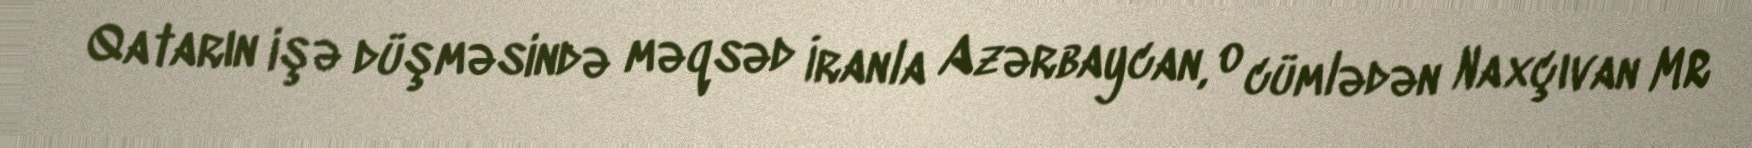
Qatarın işə düşməsində məqsəd İranla Azərbaycan, o cümlədən Naxçıvan MR